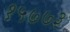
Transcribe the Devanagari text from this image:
१५७७३